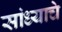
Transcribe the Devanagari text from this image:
सांध्याचे